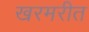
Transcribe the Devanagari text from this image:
खरमरीत